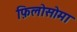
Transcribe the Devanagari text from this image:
फ़िलोसोमा